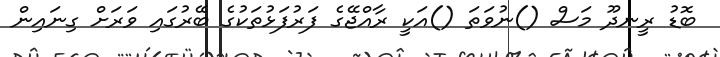
ބޮޑު ރީނދޫ މަސް ()ނުވަތަ ()އަކީ ރާއްޖޭގެ ފަރުފަޅުތަކުގެ ބޭރުގައި ވަރަށް ގިނައިން